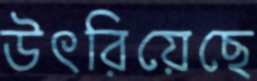
উৎরিয়েছে